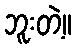
ဘူးတဲ့။